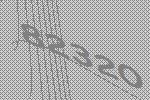
82320